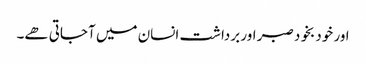
اور خود بخود صبر اور برداشت انسان میں آجاتی ھے۔